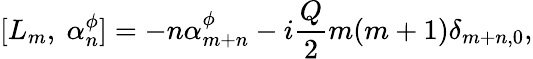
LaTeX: [L_{m},~\alpha_{n}^{\phi}]=-n\alpha_{m+n}^{\phi}-i{\frac{Q}{2}}m(m+1)\delta_{m+n,0},